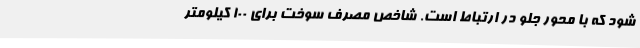
شود که با محور جلو در ارتباط است. شاخص مصرف سوخت برای 100 کیلومتر